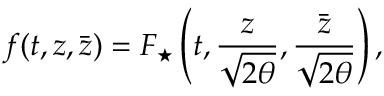
f ( t , z , \bar { z } ) = F _ { \star } \left( t , \frac { z } { \sqrt { 2 \theta } } , \frac { \bar { z } } { \sqrt { 2 \theta } } \right) ,